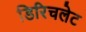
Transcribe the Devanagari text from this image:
डिरिचलेट